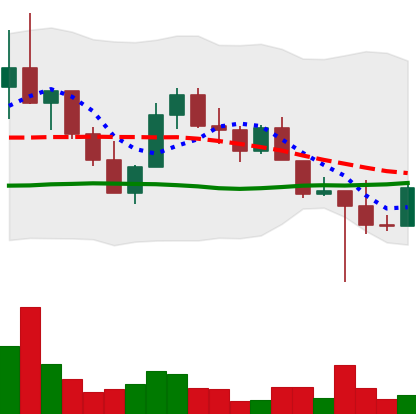
Ticker: LINK-USD
Chart end date: 2022-10-16
Forward return: -5.044%
Label: down_5_7